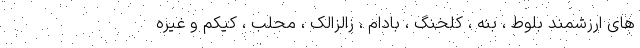
های ارزشمند بلوط ، بنه ، کلخنگ ، بادام ، زالزالک ، محلب ، کیکم و غیره